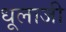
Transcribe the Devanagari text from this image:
धूलाजी